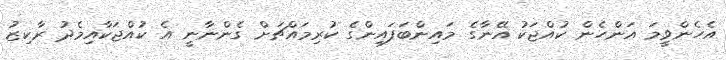
އެހެންވީމަ އަންހެން ކުއްޖަކު އޭނާގެ މައިންބަފައިންގެ ކުރިމައްޗަށް ގެންނާނީ އެ ކުއްޖަކާއިމެދު ރާކިޒު